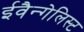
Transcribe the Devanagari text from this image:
ईवैन्गेलिस्ट